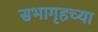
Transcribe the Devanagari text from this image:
सभागृहच्या